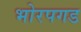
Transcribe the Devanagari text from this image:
भोरपगड